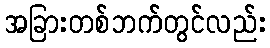
အခြားတစ်ဘက်တွင်လည်း